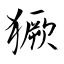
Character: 獗